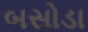
બસોડા